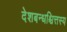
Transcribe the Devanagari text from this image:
देशबन्धश्चित्तस्य